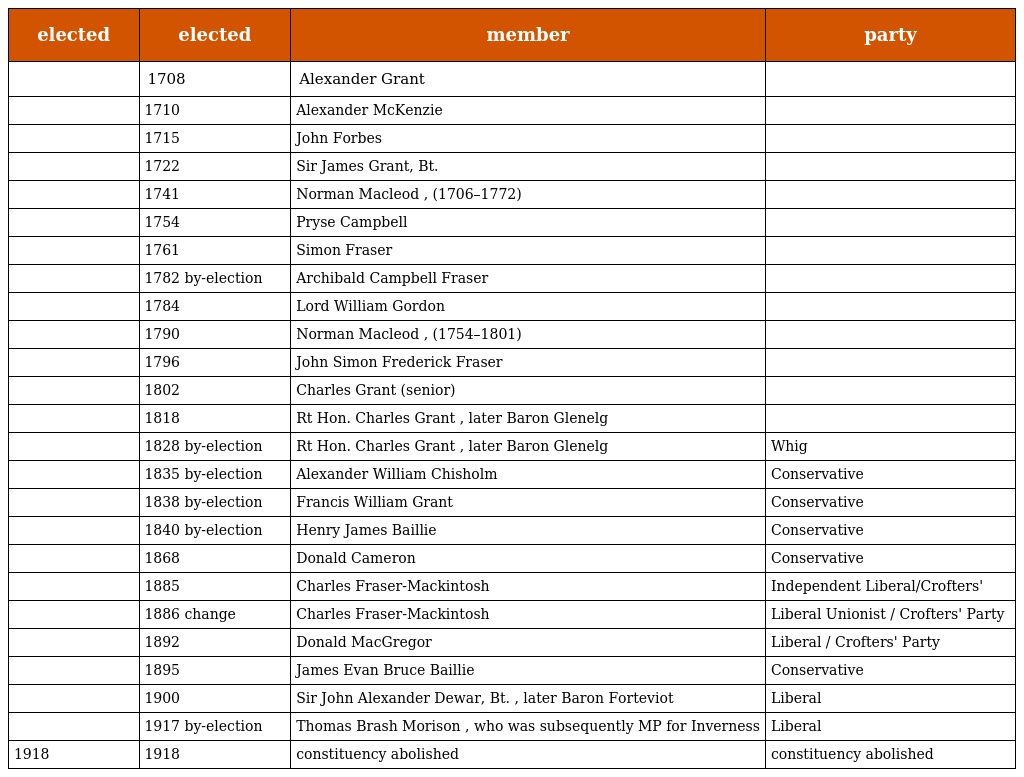
| elected | elected | member | party |
 | --- | --- | --- | --- |
 |  | 1708 | Alexander Grant |  |
 |  | 1710 | Alexander McKenzie |  |
 |  | 1715 | John Forbes |  |
 |  | 1722 | Sir James Grant, Bt. |  |
 |  | 1741 | Norman Macleod , (1706–1772) |  |
 |  | 1754 | Pryse Campbell |  |
 |  | 1761 | Simon Fraser |  |
 |  | 1782 by-election | Archibald Campbell Fraser |  |
 |  | 1784 | Lord William Gordon |  |
 |  | 1790 | Norman Macleod , (1754–1801) |  |
 |  | 1796 | John Simon Frederick Fraser |  |
 |  | 1802 | Charles Grant (senior) |  |
 |  | 1818 | Rt Hon. Charles Grant , later Baron Glenelg |  |
 |  | 1828 by-election | Rt Hon. Charles Grant , later Baron Glenelg | Whig |
 |  | 1835 by-election | Alexander William Chisholm | Conservative |
 |  | 1838 by-election | Francis William Grant | Conservative |
 |  | 1840 by-election | Henry James Baillie | Conservative |
 |  | 1868 | Donald Cameron | Conservative |
 |  | 1885 | Charles Fraser-Mackintosh | Independent Liberal/Crofters' |
 |  | 1886 change | Charles Fraser-Mackintosh | Liberal Unionist / Crofters' Party |
 |  | 1892 | Donald MacGregor | Liberal / Crofters' Party |
 |  | 1895 | James Evan Bruce Baillie | Conservative |
 |  | 1900 | Sir John Alexander Dewar, Bt. , later Baron Forteviot | Liberal |
 |  | 1917 by-election | Thomas Brash Morison , who was subsequently MP for Inverness | Liberal |
 | 1918 | 1918 | constituency abolished | constituency abolished |